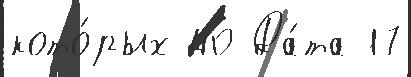
кото́рых 40 Да́та 17